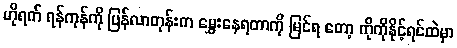
ဟိုရက် ရန်ကုန်ကို ပြန်လာတုန်းက မွှေးနေရတာကို မြင်ရ တော့ ကိုကိုနိုင့်ရင်ထဲမှာ